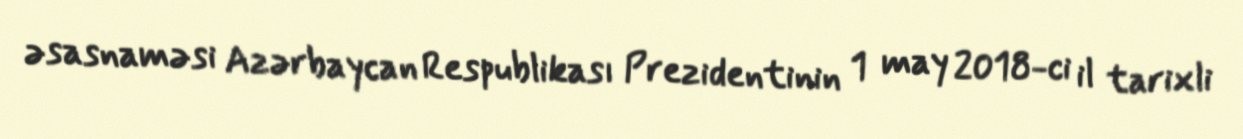
əsasnaməsi Azərbaycan Respublikası Prezidentinin 1 may 2018-ci il tarixli